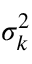
\sigma _ { k } ^ { 2 }